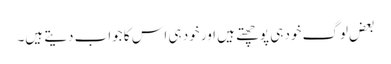
بعض لوگ خود ہی پوچھتے ہیں اور خود ہی اس کا جواب دیتے ہیں۔